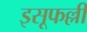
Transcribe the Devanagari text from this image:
इसूफल्ली